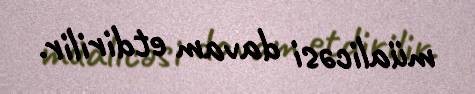
müalicəsi davam etdirilir.